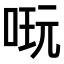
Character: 𠶃